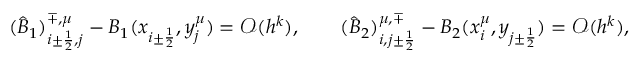
( \widehat B _ { 1 } ) _ { i \pm \frac { 1 } { 2 } , j } ^ { \mp , \mu } - B _ { 1 } ( x _ { i \pm \frac { 1 } { 2 } } , y _ { j } ^ { \mu } ) = { \mathcal O } ( h ^ { k } ) , \qquad ( \widehat B _ { 2 } ) _ { i , j \pm \frac { 1 } { 2 } } ^ { \mu , \mp } - B _ { 2 } ( x _ { i } ^ { \mu } , y _ { j \pm \frac { 1 } { 2 } } ) = { \mathcal O } ( h ^ { k } ) ,